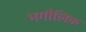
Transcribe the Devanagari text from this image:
भगौलिक